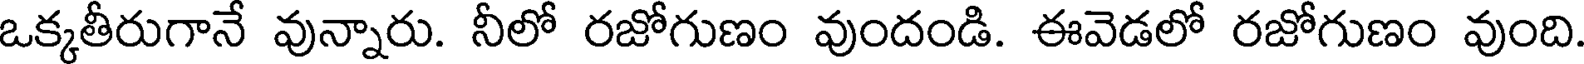
ఒక్కతీరుగానే వున్నారు. నీలో రజోగుణం వుందండి. ఈవెడలో రజోగుణం వుంది